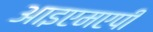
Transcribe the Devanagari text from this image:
आइएमएपी